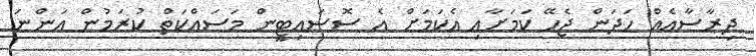
ދިރާސާއެއް ހަދަން ޖެހޭ ކަމަށާއި އެކަމަށް އެ ސޮސައިޓީން މަސައްކަތް ކުރަމުން އަންނަ